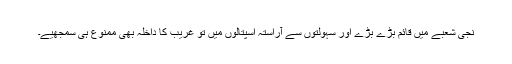
نجی شعبے میں قائم بڑے بڑے اور سہولتوں سے آراستہ اسپتالوں میں تو غریب کا داخلہ بھی ممنوع ہی سمجھیے۔